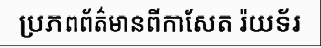
ប្រភពព័ត៌មានពីកាសែត រ៉យទ័រ